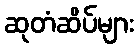
ဆုတံဆိပ်များ